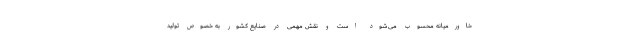
خاورمیانه محسوب می‌شود است و نقش مهمی در صنایع کشور به خصوص تولید